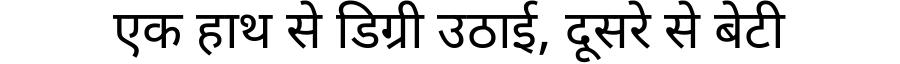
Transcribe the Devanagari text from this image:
एक हाथ से डिग्री उठाई, दूसरे से बेटी